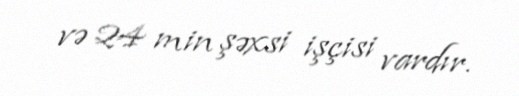
və 24 min şəxsi işçisi vardır.